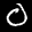
Label: 0